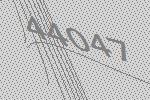
44047